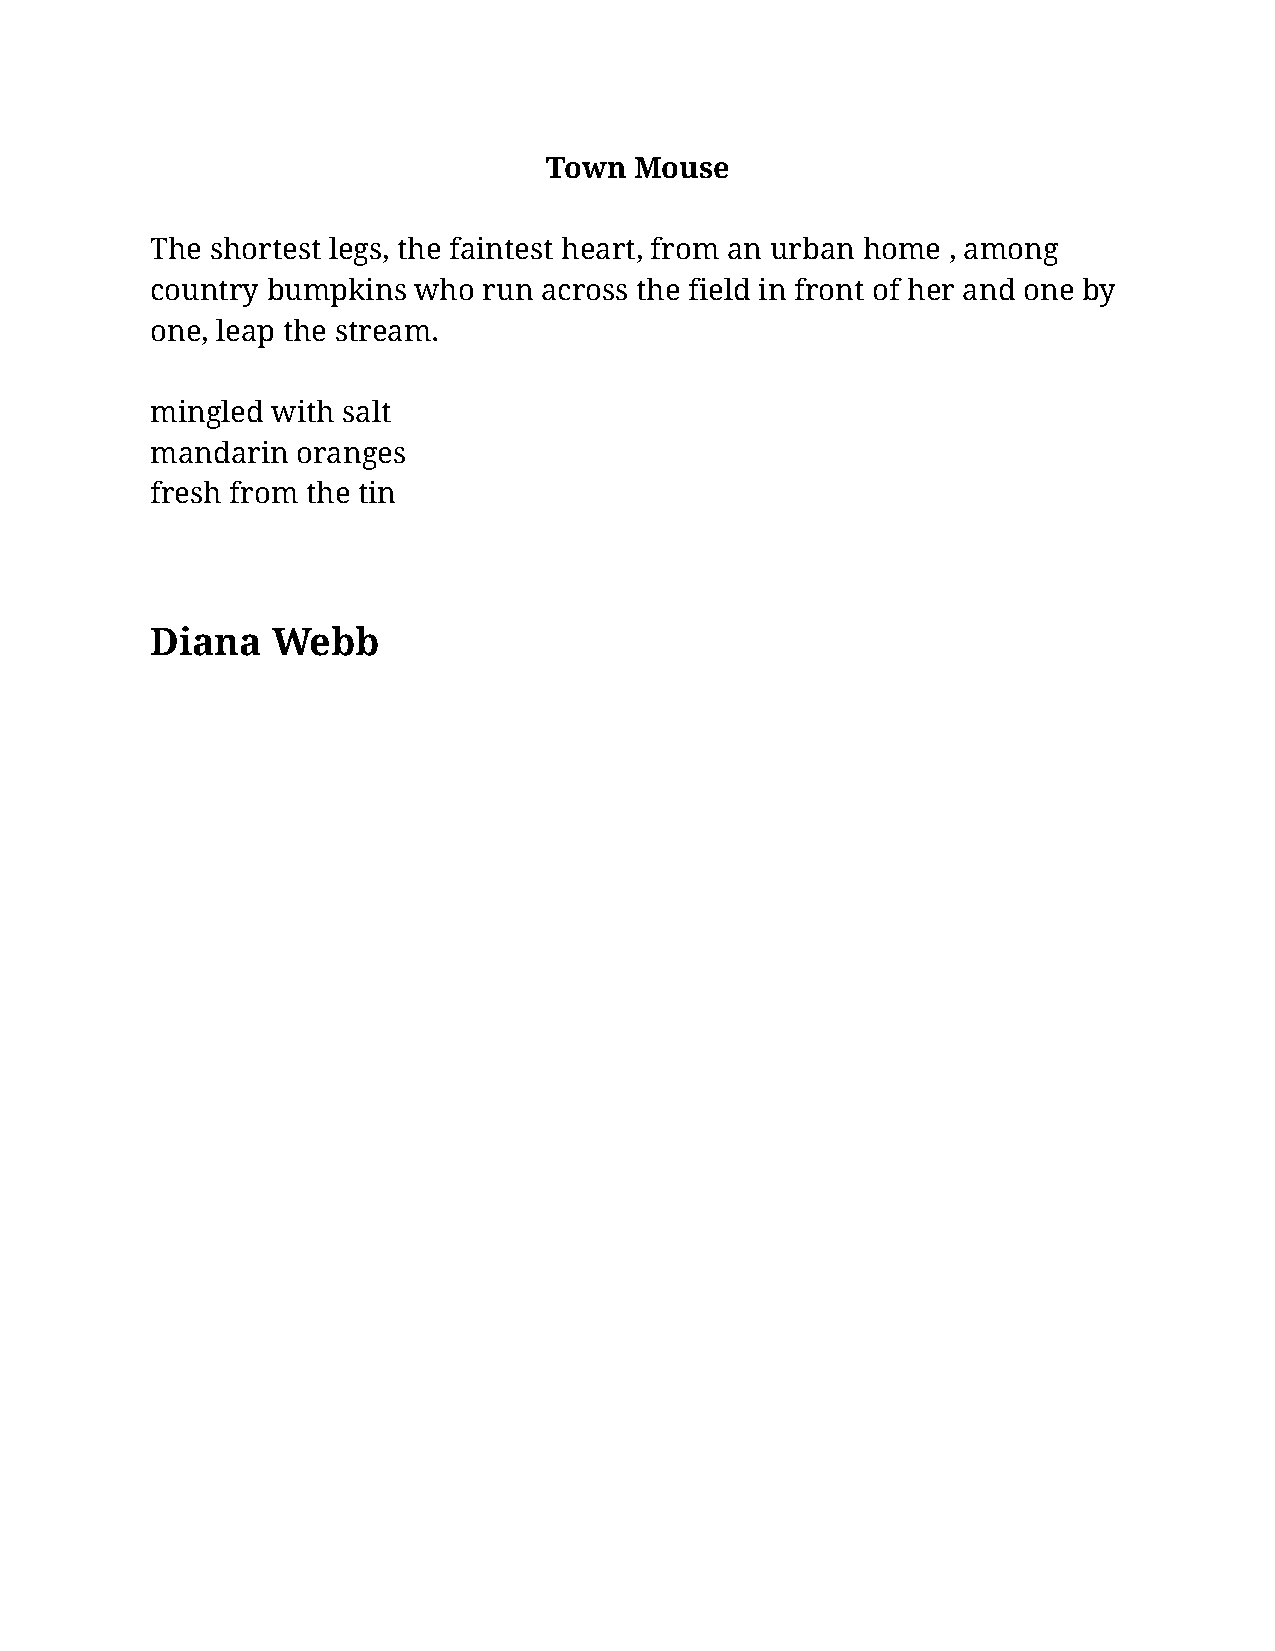
Town  Mouse
 The shortest legs, the faintest heart, from an urban home , among
 country bumpkins who  run across the field in front of her and one by
 one, leap the stream.
 mingled with salt
 mandarin  oranges
 fresh from the tin
 Diana   Webb